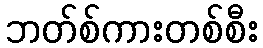
ဘတ်စ်ကားတစ်စီး